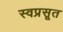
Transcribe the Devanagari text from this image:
स्वप्रसूत